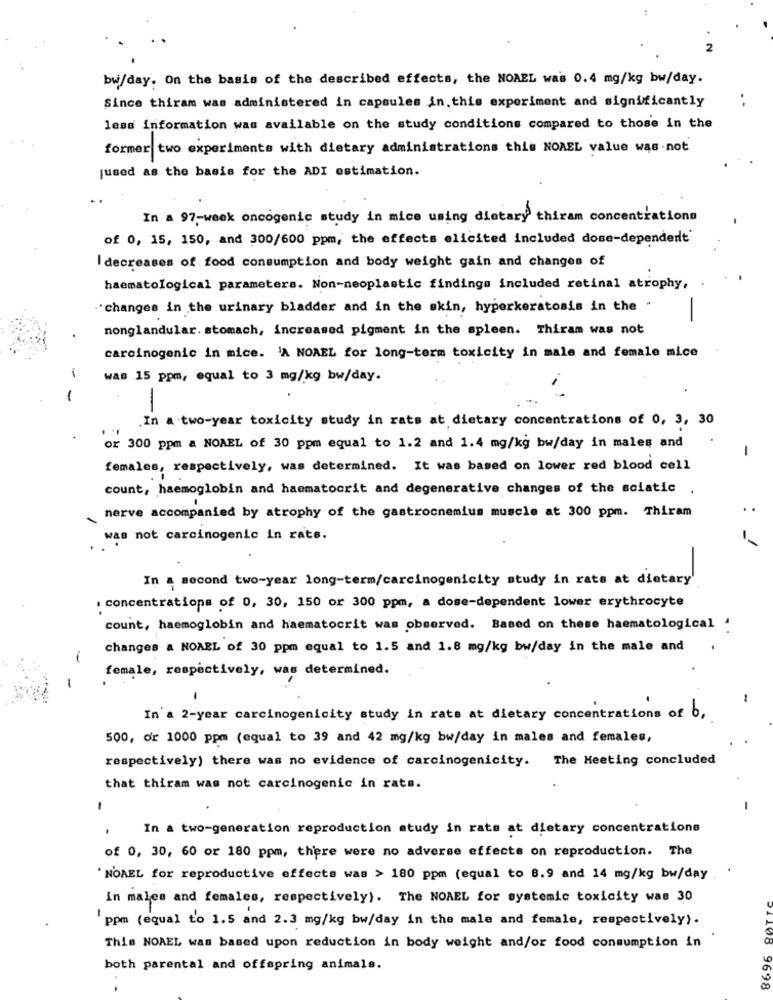
bw/day. On the basis of the described effects, the NOAEL was 0.4 mg/kg bw/day.
Since thiram was administered in capsules in. this experiment and significantly
less Information was available on the study conditions compared to those in the
former two experiments with dietary administrations this NOREL value was not
jused as the basis for the ADI estimation.
In a 97-week oncogenic study in mice using dietary thiram concentrations
of 0, 15, 150, and 300/600 ppm, the effects elicited included dose-dependert'
I decreases of food consumption and body weight gain and changes of
haematological parameters. Non-neoplastic findings included retinal atrophy,
.'changes in the urinary bladder and in the skin, hyperkeratosis in the "
-
nonglandular. stomach, increased pigment in the spleen. Thiram was not
carcinogenic in mice. 'A NOAEL for long-term toxicity in male and female mice
1
was 15 ppm, equal to 3 mg/kg bw/day.
-
-
.In a two-year toxicity study in rats at dietary concentrations of 0, 3, 30
or 300 ppm a NOAEL of 30 ppm equal to 1.2 and 1.4 mg/kg bw/day in males and
-
females, respectively, was determined. It was based on lower red blood cell
count, haemoglobin and haematocrit and degenerative changes of the sciatic .
nerve accompanied by atrophy of the gastrocnemius muscle at 300 ppm. Thiram
was not carcinogenic in rats.
In a second two-year long-term/carcinogenicity study in rats at dietary
. concentrations of 0, 30, 150 or 300 ppm, a dose-dependent lower erythrocyte
count, haemoglobin and haematocrit was observed. Based on these haematological .
changes & NOABL of 30 ppm equal to 1.5 and 1.8 mg/kg bw/day in the male and
-
female, respectively, was determined.
-
In a 2-year carcinogenicity study in rats at dietary concentrations of b,
500, or 1000 ppm (equal to 39 and 42 mg/kg bw/day in males and females,
respectively) there was no evidence of carcinogenicity. The Meeting concluded
that thiram was not carcinogenic in rats.
-
In a two-generation reproduction study in rats at dietary concentrations
of 0, 30, 60 or 180 ppm, there were no adverse effects on reproduction. The
'NOAEL for reproductive effects was > 180 ppm (equal to 8.9 and 14 mg/kg bw/day
In males and females, respectively). The NOAEL for systemic toxicity was 30
'ppm (equal to 1.5 and 2.3 mg/kg bw/day in the male and female, respectively).
This NOAEL was based upon reduction in body weight and/or food consumption in
both parental and offspring animals.
9698